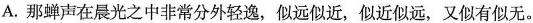
A.那蝉声在晨光之中非常分外轻逸，似远似近，似近似远，又似有似无。